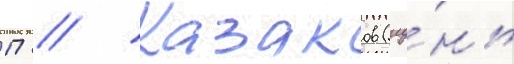
П // Казаков (иу́нь